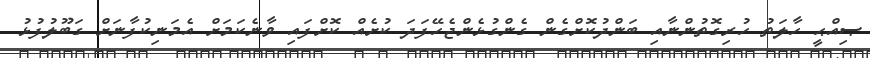
ޞިއްޙީ ހާލަތު ހުރިގޮތުންނާއި ބަންދުކޮށްގެން ގެންގުޅެންޖެހޭފަދަ ކުށެއް ކޮށްފައި ވާނެކަމަށް އެމަނިކުފާނަށް ގަބޫލުފުޅު